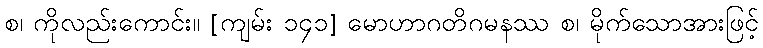
စ၊ ကိုလည်းကောင်း။ [ကျမ်း ၁၄၁] မောဟာဂတိဂမနဿ စ၊ မိုက်သောအားဖြင့်